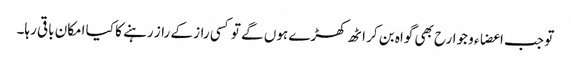
تو جب اعضاء و جوارح بھی گواہ بن کر اٹھ کھڑے ہوں گے تو کسی راز کے راز رہنے کا کیا امکان باقی رہا۔